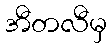
အီတလီမှ